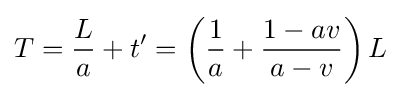
T={\frac {L}{a}}+t'=\left({\frac {1}{a}}+{\frac {1-av}{a-v}}\right)L